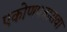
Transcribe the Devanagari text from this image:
एकोणपन्नासवा